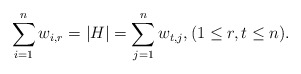
\begin{align*}\sum_{i = 1}^n w_{i,r} = |H| = \sum_{j = 1}^n w_{t,j},(1\leq r, t\leq n).\\\end{align*}